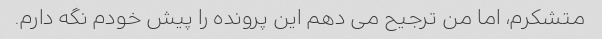
متشکرم، اما من ترجیح می دهم این پرونده را پیش خودم نگه دارم.